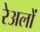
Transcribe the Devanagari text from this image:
रेअलों